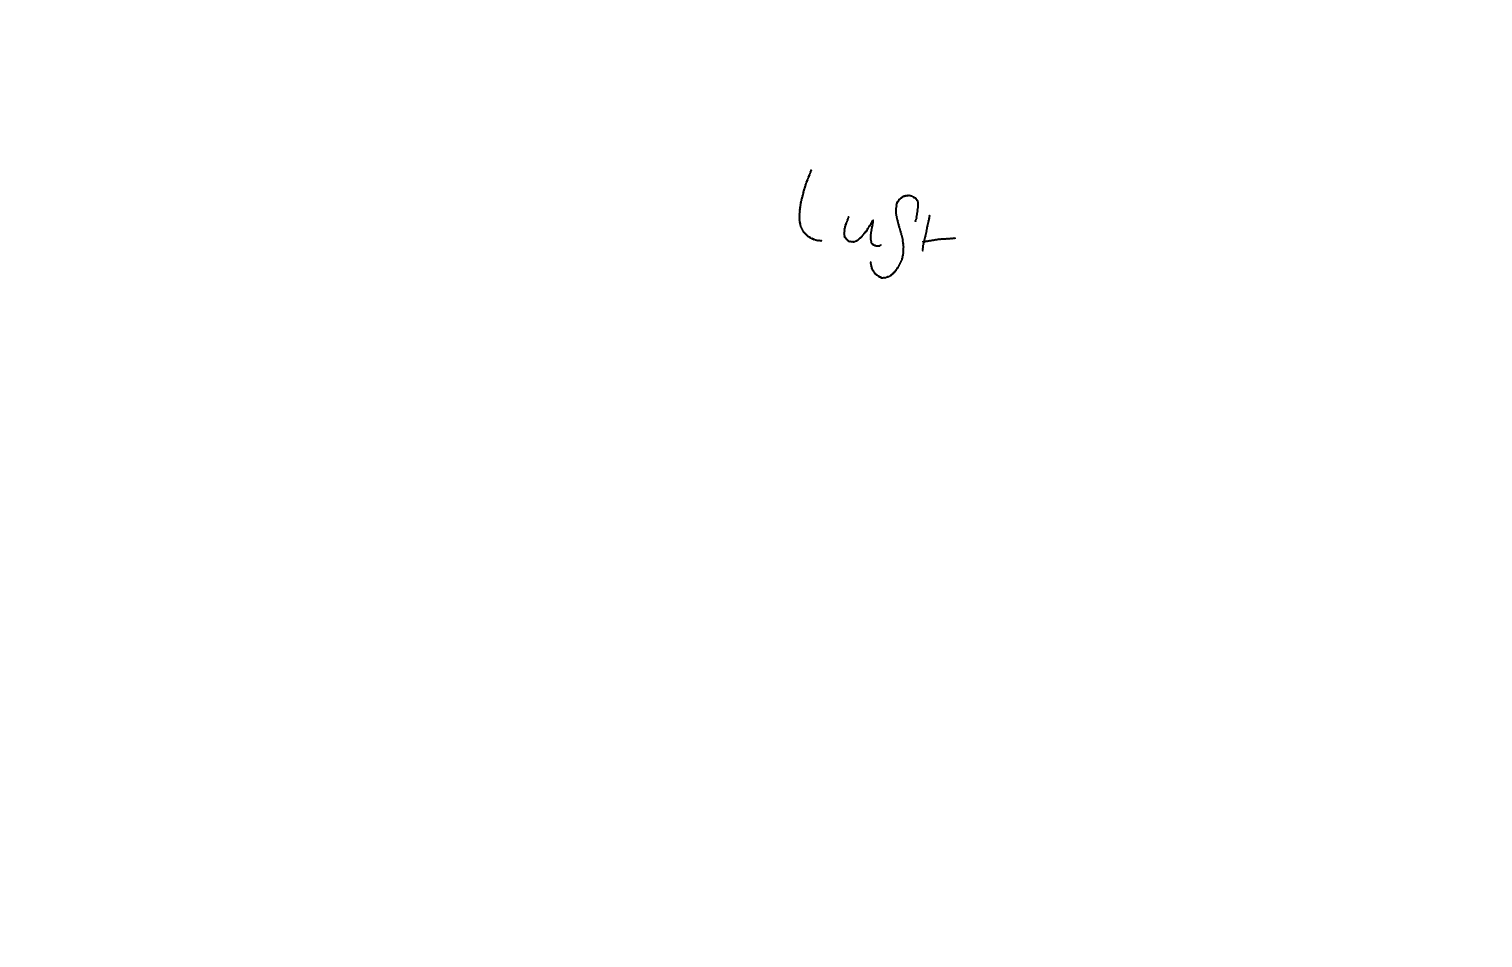
Text: Luft